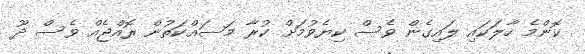
ކޮންމެ ހާލަކައި ލައިގެން ވެސް ކިޔެވުމަށް ކުރާ މަސައްކަތުން ރޮއްޖެއް ވެސް ދޫ